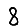
Digit: 8